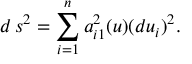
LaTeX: d \, s ^ { 2 } = \sum _ { i = 1 } ^ { n } a _ { i 1 } ^ { 2 } ( u ) ( d u _ { i } ) ^ { 2 } .